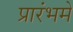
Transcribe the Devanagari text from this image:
प्रारंभमे